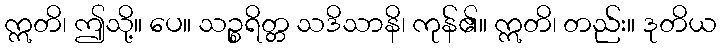
ဣတိ၊ ဤသို့။ ပေ။ သဉ္စရိတ္တ သဒိသာနိ၊ ကုန်၏။ ဣတိ၊ တည်း။ ဒုတိယ